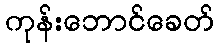
ကုန်းဘောင်ခေတ်